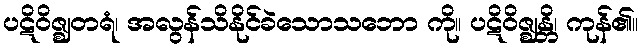
ပဋိဝိဇ္ဈတရံ၊ အလွန်သိနိုင်ခဲသောသဘော ကို။ ပဋိဝိဇ္ဈန္တိ၊ ကုန်၏။